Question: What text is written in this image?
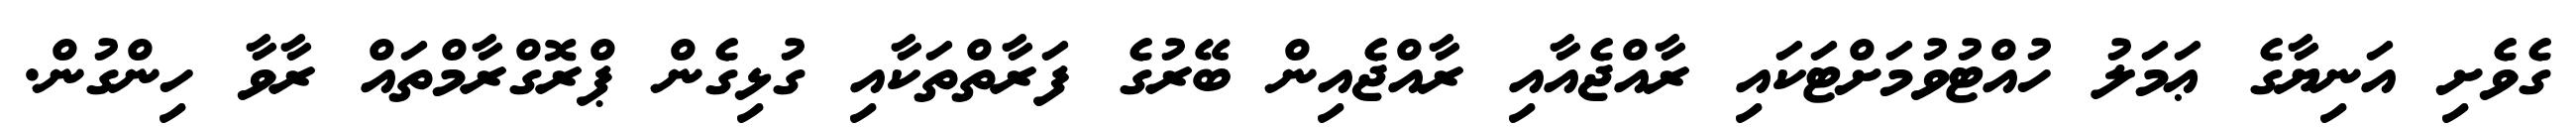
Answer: ގެވެށި އަނިޔާގެ ޢަމަލު ހުއްޓުވުމަށްޓަކައި ރާއްޖެއާއި ރާއްޖެއިން ބޭރުގެ ފަރާތްތަކާއި ގުޅިގެން ޕްރޮގްރާމްތައް ރާވާ ހިންގުން.